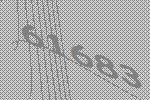
61683